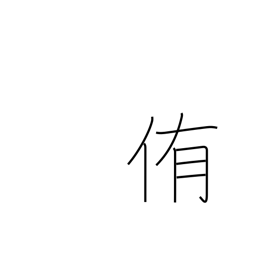
Meaning: urge to eat